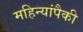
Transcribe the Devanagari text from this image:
महिन्यांपैकी